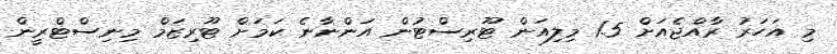
މި އަހަރު ރާއްޖެއަށް 1.5 މިލިއަން ޓޫރިސްޓުން އަންނާނެ ކަމަށް ޓޫރިޒަމް މިނިސްޓްރީން